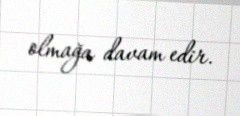
olmağa davam edir.